Vaccination in Burma 1889-1999 - 1889-1999
Year: 1889
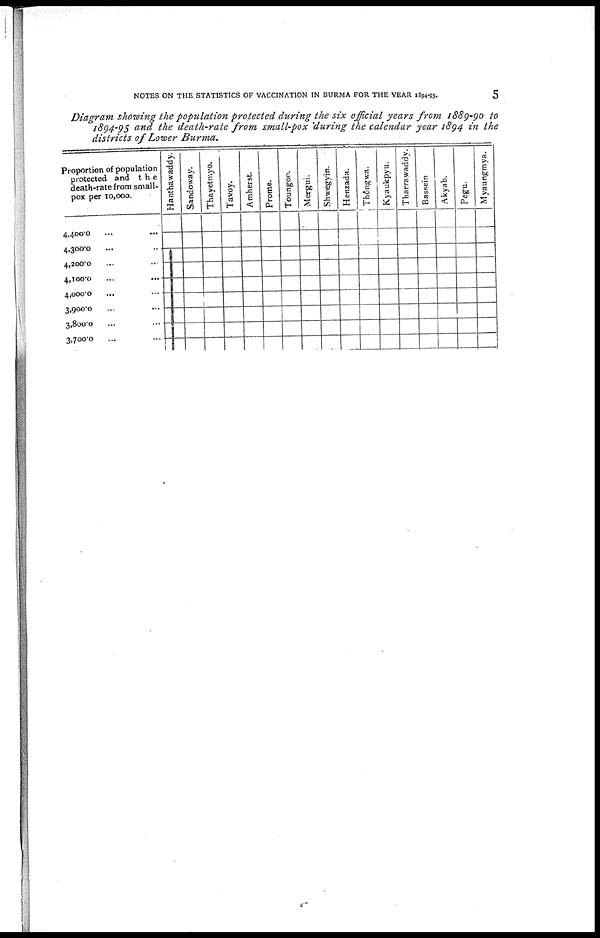
NOTES ON THE STATISTICS OF VACCINATION IN BURMA FOR THE YEAR 1894-95.
5
Diagram showing the population protected during the six official years from 1889-90 to
1894-95 and the death-rate from small-pox during the calendar year 1894 in the
districts of Lower Burma.